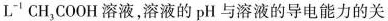
L^{-1}CH_{3}COOH溶液，溶液的pH与溶液的导电能力的关